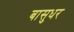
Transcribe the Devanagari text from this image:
बासुधर